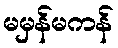
မမှန်မကန်